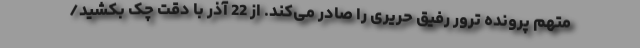
متهم پرونده ترور رفیق حریری را صادر می‌کند. از 22 آذر با دقت چک بکشید/